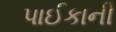
પાઈકાની